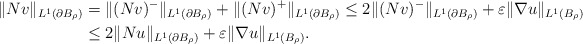
\begin{align*}\|N v\|_{L^1(\partial B_{\rho})} &= \|(N v)^{-}\|_{L^1(\partial B_{\rho})} + \|(N v)^{+}\|_{L^1(\partial B_{\rho})} \leq 2 \|(N v)^{-}\|_{L^1(\partial B_{\rho})} + \varepsilon \|\nabla u \|_{L^{1}(B_{\rho})}\\&\leq 2 \| N u \|_{L^1(\partial B_{\rho})} + \varepsilon \|\nabla u \|_{L^{1}(B_{\rho})}.\end{align*}